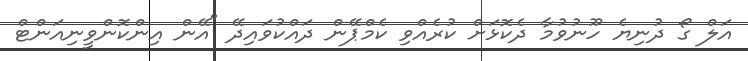
އަލް ގޯ ދުނިޔެ ހޫނުވުމާ ދެކޮޅަށް ކުރެއްވި ކެމްޕޭން ދައްކުވައިދޭ "އޭން އިންކޮންވީނިއަންޓް